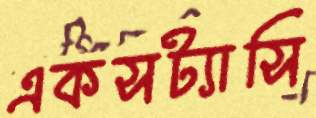
একসট্যাসি